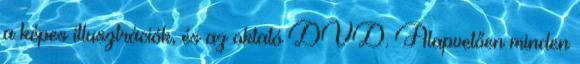
a képes illusztrációk, és az oktató DVD. Alapvetően minden